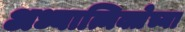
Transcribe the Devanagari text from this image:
अध्यात्मिक्तेच्या